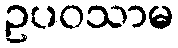
ဥပဝသာမ